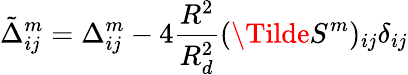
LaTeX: \tilde{\Delta}_{ij}^{m}=\Delta_{ij}^{m}-4\frac{R^{2}}{R_{d}^{2}}(\Tilde{S}^{m})_{ij}\delta_{ij}